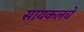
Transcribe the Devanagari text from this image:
सायकलचे